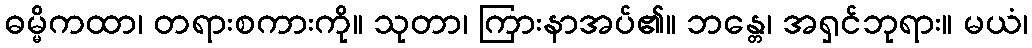
ဓမ္မိကထာ၊ တရားစကားကို။ သုတာ၊ ကြားနာအပ်၏။ ဘန္တေ၊ အရှင်ဘုရား။ မယံ၊